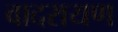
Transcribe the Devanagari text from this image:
वादरायण